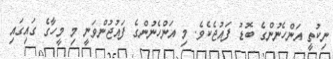
ނިކުތީ އަންހެނުންގެ ބޮޑު ފައުޖެކެވެ. މި އަންހެނުންގެ ފައުޖުންވަނީ މި މީހާގެ ގައިގައި